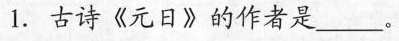
1.古诗《元日》的作者是___。